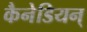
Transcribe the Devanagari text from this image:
कैनेडियन्